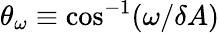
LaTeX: \theta_{\omega}\equiv\mathrm{cos}^{-1}({\omega}/{\delta A})